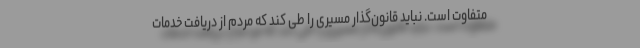
متفاوت است. نباید قانون‌گذار مسیری را طی کند که مردم از دریافت خدمات